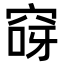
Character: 𮃽